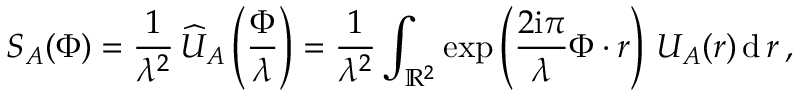
S _ { A } ( \boldsymbol \Phi ) = { \frac { 1 } { \lambda ^ { 2 } } } \, \widehat U _ { A } \left( { \frac { \boldsymbol \Phi } { \lambda } } \right) = { \frac { 1 } { \lambda ^ { 2 } } } \int _ { { \mathbb R } ^ { 2 } } \exp \left( { \frac { 2 \mathrm { i } \pi } { \lambda } } \boldsymbol \Phi \boldsymbol \cdot \boldsymbol r \right) \, U _ { A } ( \boldsymbol r ) \, \mathrm { d } \, \boldsymbol r \, ,